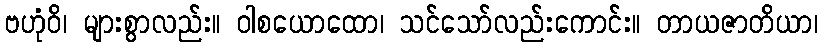
ဗဟုံဝိ၊ များစွာလည်း။ ဝါစယောထော၊ သင်သော်လည်းကောင်း။ တာယဇာတိယာ၊